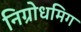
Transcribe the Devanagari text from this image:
निग्रोधमिग